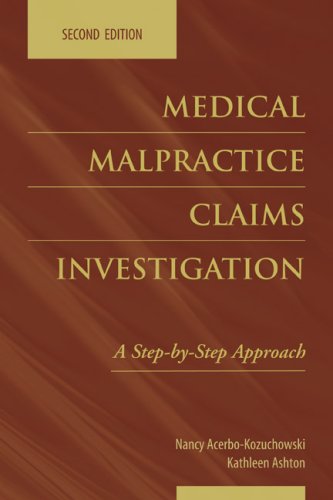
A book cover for Medical Malpractice Claims Investigation: A Step-By-Step Approach; Nancy Acerbo-Kozuchowski; Business & Money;